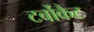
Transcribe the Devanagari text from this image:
टर्बोकैट